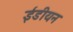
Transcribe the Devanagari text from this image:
ईंडीयन